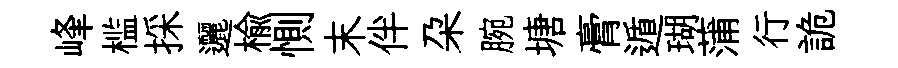
峰槛採邐楡惻末伴朶腕塘膏遁瑚蒲行詭